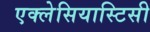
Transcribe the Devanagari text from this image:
एक्लेसियास्टिसी